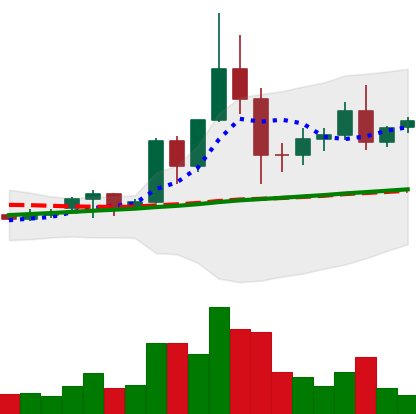
Ticker: TRX-USD
Chart end date: 2020-12-03
Forward return: -11.984%
Label: down_7plus